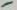
Text: -